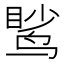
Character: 𫛹